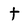
Character: t